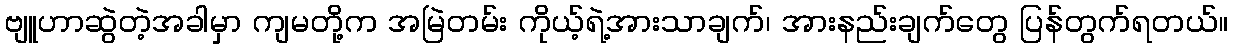
ဗျူဟာဆွဲတဲ့အခါမှာ ကျမတို့က အမြဲတမ်း ကိုယ့်ရဲ့အားသာချက်၊ အားနည်းချက်တွေ ပြန်တွက်ရတယ်။